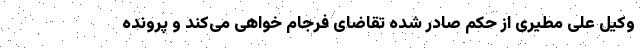
وکیل علی مطیری از حکم صادر شده تقاضای فرجام خواهی می‌کند و پرونده